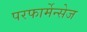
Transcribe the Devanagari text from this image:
परफार्मेन्सेज